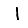
Digit: 1